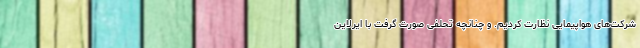
شرکت‌های هواپیمایی نظارت کردیم. و چنانچه تحلفی صورت گرفت با ایرلاین